Lunatic asylums Madras 1892-1911 - 1892-1911
Year: 1892
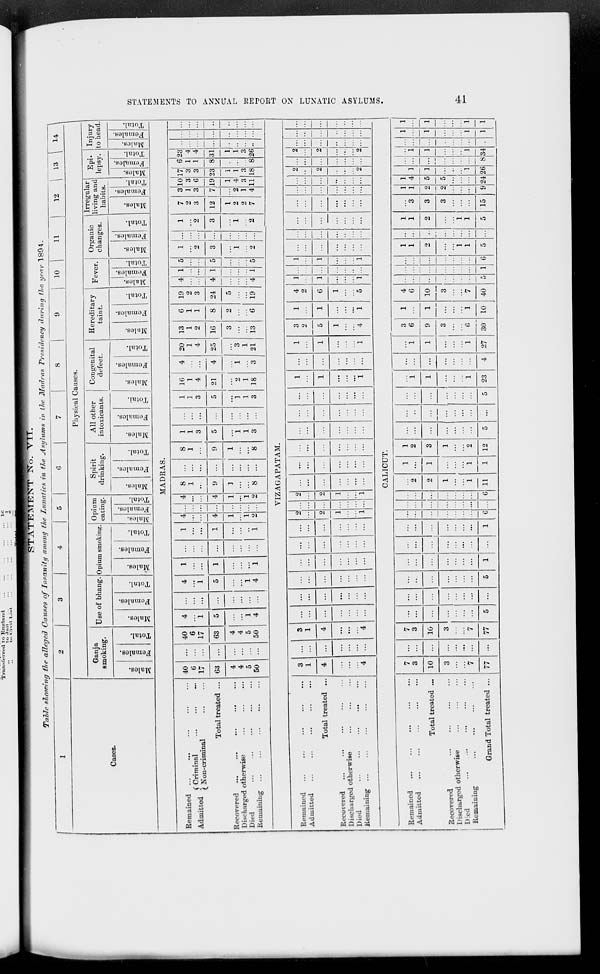
STATEMENTS TO ANNUAL REPORT ON LUNATIC ASYLUMS.
41
STATEMENT No. VII.
Table showing the alleged Causes of Insanity
among the Lunatics in the Asylums
in the Madras Presidency during the year 1894.
1
Cases.
2
3
4
5
6
7
8
9
10
11
12
13 14
Physical Causes.
Ganja
smoking.
Males.
Females.
Total.
Use of bhang.
Males.
Females.
Total.
Opium smoking.
Males.
Females.
Total.
Opium
eating.
Males.
Females.
Total.
Spirit
drinking.
Males.
Females.
Total.
All other
intoxicants.
Males.
Females.
Total.
Congenital
defect.
Males.
Females.
Total.
Hereditary
taint.
Males.
Females.
Total.
Fever.
Males.
Females.
Total.
Organic
changes.
Males.
Females.
Total.
Irregular
living and
habits.
Males.
Females.
Total.
Epi-
lepsy.
Males.
Females.
Total.
Injury
to head.
Males.
Females.
Total.
MADRAS.
Remained ... ... ... ... ...
Admitted
Criminal
...
...
...
Non-criminal
...
...
Total treated ...
Recovered
...
...
...
...
...
Discharged otherwise
...
...
...
Died
...
...
...
...
...
Remaining ... ... ... ... ...
40
6
17
63
4
4
5
50
...
...
...
...
...
...
...
...
40
6
17
63
4
4
5
50
4
...
1
5
...
...
1
4
...
...
...
...
...
...
...
...
4
...
1
5
...
...
1
4
1
...
...
1
...
...
...
1
...
...
...
...
...
...
...
...
1
...
...
1
...
...
...
1
4
...
...
4
1
...
1
2
...
...
...
...
...
...
...
...
4
...
...
4
1
...
1
2
8
1
...
9
1
...
...
8
...
...
...
...
...
...
...
...
8
1
...
9
1
...
...
8
1
1
3
5
...
1
1
3
...
...
...
...
...
...
...
...
1
1
3
5
...
1
1
3
16
1
4
21
...
2
1
18
4
...
...
4
...
1
...
3
20
1
4
25
...
3
1
21
13
1
2
16
3
...
...
13
6
1
1
8
2
...
...
6
19
2
3
24
5
...
...
19
4
...
...
4
...
...
...
4
1
...
...
1
...
...
...
1
5
...
...
5
...
...
...
5
1
...
2
3
...
1
...
2
...
...
...
...
...
...
...
...
1
...
2
3
...
1
...
2
7
2
3
12
1
2
2
7
3
1
3
7
...
2
1
4
10
3
6
19
1
4
3
11
17
3
3
23
1
1
3
18
6
1
1
8
...
...
...
8
23
4
4
31
1
1
3
26
...
...
...
...
...
...
...
...
...
...
...
...
...
...
...
...
...
...
...
...
...
...
...
...
VIZAGAPATAM.
Remained ... ... ... ... ...
Admitted ... ... ... ... ...
Total treated ...
Recovered ... ... ... ... ...
Discharged otherwise
...
...
...
Died
...
...
...
...
...
Remaining ... ... ... ... ...
3
1
4
...
...
...
4
...
...
...
...
...
...
...
3
1
4
...
...
...
4
...
...
...
...
...
...
...
...
...
...
...
...
...
...
...
...
...
...
...
...
...
...
...
...
...
...
...
...
...
...
...
...
...
...
...
...
...
...
...
...
...
...
2
...
2
1
...
...
1
...
...
...
...
...
...
...
2
...
2
1
...
...
1
...
...
...
...
...
...
...
...
...
...
...
...
...
...
...
...
...
...
...
...
...
...
...
...
...
...
...
...
...
...
...
...
...
...
...
...
...
...
...
...
...
...
1
...
1
...
...
...
1
...
...
...
...
...
...
...
1
...
1
...
...
...
1
3
2
5
1
...
...
4
1
...
1
...
...
...
1
4
2
6
1
...
...
5
1
...
1
...
...
...
1
...
...
...
...
...
...
...
1
...
1
...
...
...
1
...
...
...
...
...
...
...
...
...
...
...
...
...
...
...
...
...
...
...
...
...
...
...
...
...
...
...
...
...
...
...
...
...
...
...
...
...
...
...
...
...
...
2
...
2
...
...
...
2
...
...
...
...
...
...
...
2
...
2
...
...
...
2
...
...
...
...
...
...
...
...
...
...
...
...
...
...
...
...
...
...
...
...
...
CALICUT.
Remained
...
...
...
...
...
Admitted ... ... ... ... ...
Total treated ...
Recovered
...
...
...
...
Discharged otherwise
...
...
...
Died
...
...
...
...
...
Remaining
...
...
...
...
Grand Total treated ...
7
3
10
3
...
...
7
77
...
...
...
...
...
...
...
...
7
3
10
3
...
...
7
77
...
...
...
...
...
...
...
5
...
...
...
...
...
...
...
...
...
...
...
...
...
...
...
5
...
...
...
...
...
...
...
1
...
...
...
...
...
...
...
...
...
...
...
...
...
...
...
1
...
...
...
...
...
...
...
6
...
...
...
...
...
...
...
...
...
...
...
...
...
...
...
6
...
2
2
1
...
...
1
11
1
...
1
...
...
...
1
1
1
2
3
1
...
...
2
12
...
...
...
...
...
...
...
5
...
...
...
...
...
...
...
...
...
...
...
...
...
...
...
5
...
1
1
...
...
1
1
23
...
...
...
...
...
...
...
4
1
1
1
...
...
1
1
27
3
6
9
3
...
6
6
30
1
...
1
...
...
1
1
10
4
6
10
3
...
7
7
40
...
...
...
...
...
...
...
5
...
...
...
...
...
...
...
1
...
...
...
...
...
...
...
6
1
1
2
...
...
1
1
5
...
...
...
...
...
...
...
...
1
1
2
...
...
1
1
5
...
3
3
3
...
...
...
15
1
1
2
2
...
...
...
9
1
4
5
5
...
...
...
24
...
1
1
...
...
...
1
26
...
...
...
...
...
...
...
8
...
1
1
...
...
...
1
34
...
...
...
...
...
...
...
...
1
...
1
...
...
...
1
1
1
...
1
...
...
...
1
1